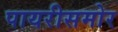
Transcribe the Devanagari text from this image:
पायरीसमोर